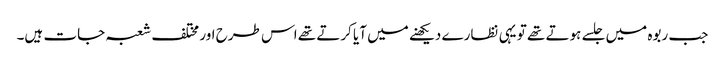
جب ربوہ میں جلسے ہوتے تھے تو یہی نظارے دیکھنے میں آیا کرتے تھے اس طرح اور مختلف شعبہ جات ہیں۔